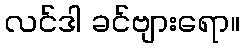
လင်ဒါ ခင်ဗျားရော။